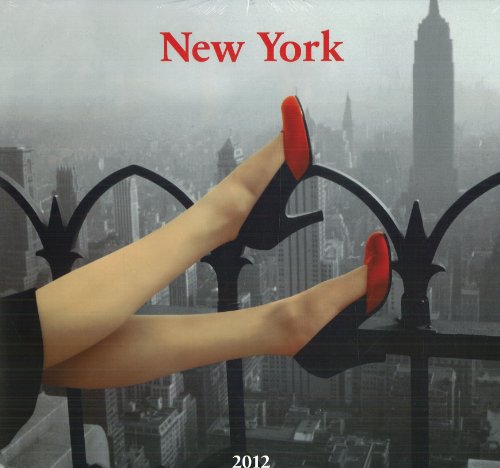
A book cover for New York - 2012; Calendars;